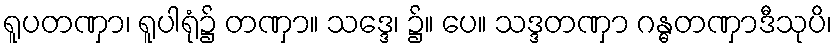
ရူပတဏှာ၊ ရူပါရုံ၌ တဏှာ။ သဒ္ဒေ၊ ၌။ ပေ။ သဒ္ဒတဏှာ ဂန္ဓတဏှာဒီသုပိ၊